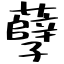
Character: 孽